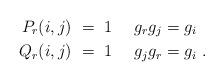
LaTeX: \begin{align*}P_r(i,j)\ &= \ 1 \ \ \ \ g_rg_j=g_i \\Q_r(i,j)\ &= \ 1 \ \ \ \ g_jg_r=g_i \ .\end{align*}